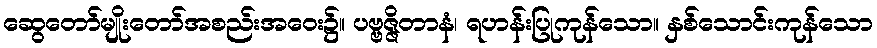
ဆွေတော်မျိုးတော်အစည်းအဝေး၌။ ပဗ္ဗဇ္ဇိတာနံ၊ ရဟန်းပြုကုန်သော။ နှစ်သောင်းကုန်သော